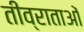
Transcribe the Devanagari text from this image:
तीव्राताओं